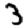
Digit: 3